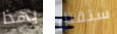
بهذا ستقتل